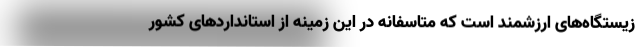
زیستگاه‌های ارزشمند است که متاسفانه در این زمینه از استانداردهای کشور